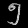
Digit: ၅